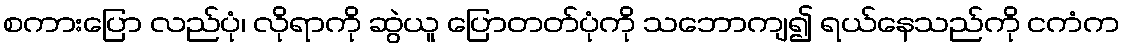
စကားပြော လည်ပုံ၊ လိုရာကို ဆွဲယူ ပြောတတ်ပုံကို သဘောကျ၍ ရယ်နေသည်ကို ငကံက